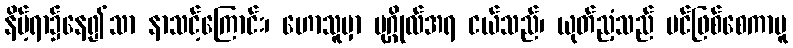
နိမ့်ရာ၌နေ၍သာ နာသင့်ကြောင်း၊ ဟောသူမှာ ပုဂ္ဂိုလ်အရ ငယ်သည်၊ ယုတ်ညံ့သည် ပင်ဖြစ်စေကာမူ